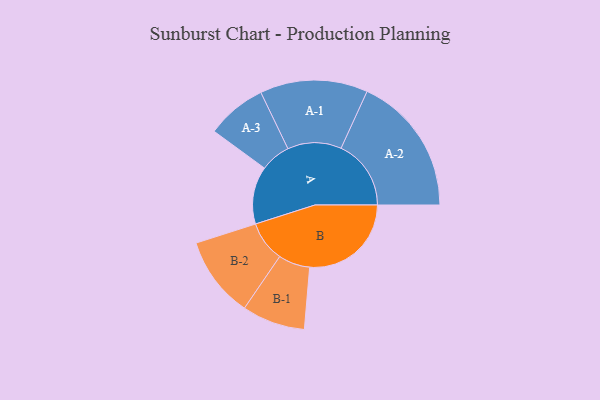
{"axis": {"x": "Segment", "y": "Value"}, "legend": ["", "A", "B"], "data": [{"x": "A", "y": 243, "type": ""}, {"x": "B", "y": 428, "type": ""}, {"x": "A-1", "y": 227, "type": "A"}, {"x": "A-2", "y": 295, "type": "A"}, {"x": "A-3", "y": 127, "type": "A"}, {"x": "B-1", "y": 133, "type": "B"}, {"x": "B-2", "y": 171, "type": "B"}]}